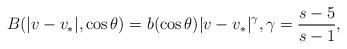
\begin{align*}B(|v-v_*|, \cos\theta) = b(\cos\theta) |v-v_*|^{\gamma}, \gamma = \frac{s-5}{s-1},\end{align*}